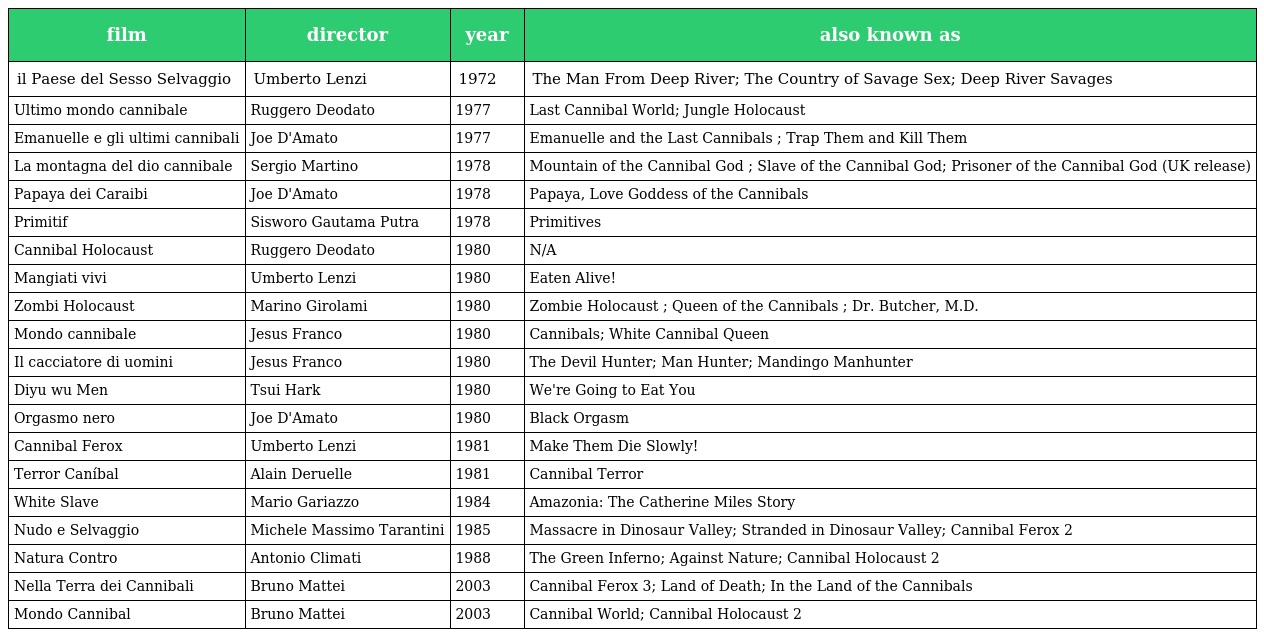
| film | director | year | also known as |
 | --- | --- | --- | --- |
 | il Paese del Sesso Selvaggio | Umberto Lenzi | 1972 | The Man From Deep River; The Country of Savage Sex; Deep River Savages |
 | Ultimo mondo cannibale | Ruggero Deodato | 1977 | Last Cannibal World; Jungle Holocaust |
 | Emanuelle e gli ultimi cannibali | Joe D'Amato | 1977 | Emanuelle and the Last Cannibals ; Trap Them and Kill Them |
 | La montagna del dio cannibale | Sergio Martino | 1978 | Mountain of the Cannibal God ; Slave of the Cannibal God; Prisoner of the Cannibal God (UK release) |
 | Papaya dei Caraibi | Joe D'Amato | 1978 | Papaya, Love Goddess of the Cannibals |
 | Primitif | Sisworo Gautama Putra | 1978 | Primitives |
 | Cannibal Holocaust | Ruggero Deodato | 1980 | N/A |
 | Mangiati vivi | Umberto Lenzi | 1980 | Eaten Alive! |
 | Zombi Holocaust | Marino Girolami | 1980 | Zombie Holocaust ; Queen of the Cannibals ; Dr. Butcher, M.D. |
 | Mondo cannibale | Jesus Franco | 1980 | Cannibals; White Cannibal Queen |
 | Il cacciatore di uomini | Jesus Franco | 1980 | The Devil Hunter; Man Hunter; Mandingo Manhunter |
 | Diyu wu Men | Tsui Hark | 1980 | We're Going to Eat You |
 | Orgasmo nero | Joe D'Amato | 1980 | Black Orgasm |
 | Cannibal Ferox | Umberto Lenzi | 1981 | Make Them Die Slowly! |
 | Terror Caníbal | Alain Deruelle | 1981 | Cannibal Terror |
 | White Slave | Mario Gariazzo | 1984 | Amazonia: The Catherine Miles Story |
 | Nudo e Selvaggio | Michele Massimo Tarantini | 1985 | Massacre in Dinosaur Valley; Stranded in Dinosaur Valley; Cannibal Ferox 2 |
 | Natura Contro | Antonio Climati | 1988 | The Green Inferno; Against Nature; Cannibal Holocaust 2 |
 | Nella Terra dei Cannibali | Bruno Mattei | 2003 | Cannibal Ferox 3; Land of Death; In the Land of the Cannibals |
 | Mondo Cannibal | Bruno Mattei | 2003 | Cannibal World; Cannibal Holocaust 2 |